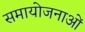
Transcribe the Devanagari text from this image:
समायोजनाओं